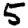
Digit: 5